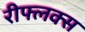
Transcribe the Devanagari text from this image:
रीफ्लक्स